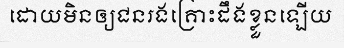
ដោយមិនឲ្យជនរងគ្រោះដឹងខ្លួនឡើយ